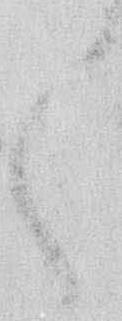
く